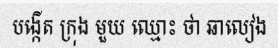
បង្កើត ក្រុង មួយ ឈ្មោះ ថា ឆាលៀង